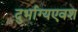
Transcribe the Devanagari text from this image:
दुर्भाग्यएवश